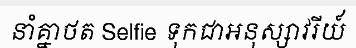
នាំគ្នាថត Selfie ទុកជាអនុស្សាវរីយ៍